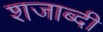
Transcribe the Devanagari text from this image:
शजाब्दी